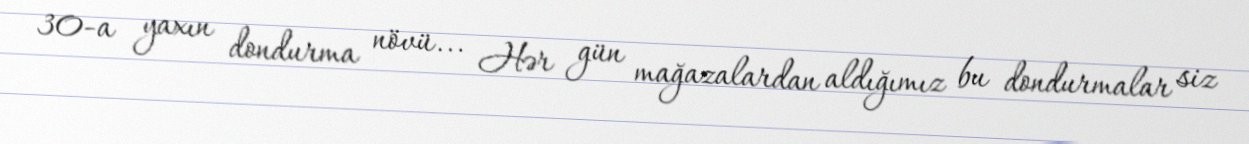
30-a yaxın dondurma növü... Hər gün mağazalardan aldığımız bu dondurmalar siz